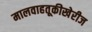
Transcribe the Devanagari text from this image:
मालवाहतूकीखेरीज